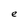
Character: e